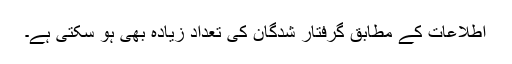
اطلاعات کے مطابق گرفتار شدگان کی تعداد زیادہ بھی ہو سکتی ہے۔